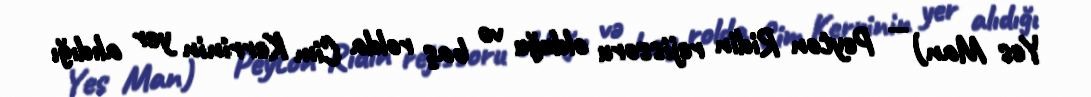
Yes Man) — Peyton Ridin rejissoru olduğu və baş rolda Cim Kerrinin yer alıdığı